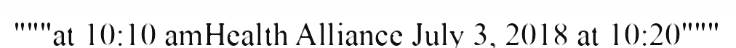
"""at 10:10 amHealth Alliance July 3, 2018 at 10:20"""